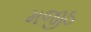
મજીઠ